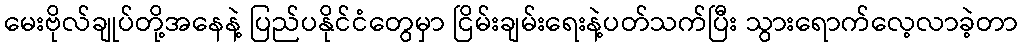
မေးဗိုလ်ချုပ်တို့အနေနဲ့ ပြည်ပနိုင်ငံတွေမှာ ငြိမ်းချမ်းရေးနဲ့ပတ်သက်ပြီး သွားရောက်လေ့လာခဲ့တာ